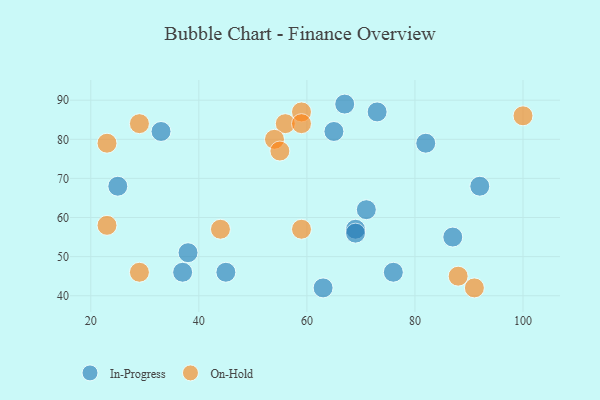
{"axis": {"x": "GDP", "y": "Life Expectancy"}, "legend": ["In-Progress", "On-Hold"], "data": [{"x": "71", "y": 62, "type": "In-Progress"}, {"x": "38", "y": 51, "type": "In-Progress"}, {"x": "65", "y": 82, "type": "In-Progress"}, {"x": "37", "y": 46, "type": "In-Progress"}, {"x": "73", "y": 87, "type": "In-Progress"}, {"x": "87", "y": 55, "type": "In-Progress"}, {"x": "69", "y": 57, "type": "In-Progress"}, {"x": "76", "y": 46, "type": "In-Progress"}, {"x": "82", "y": 79, "type": "In-Progress"}, {"x": "67", "y": 89, "type": "In-Progress"}, {"x": "69", "y": 56, "type": "In-Progress"}, {"x": "45", "y": 46, "type": "In-Progress"}, {"x": "25", "y": 68, "type": "In-Progress"}, {"x": "33", "y": 82, "type": "In-Progress"}, {"x": "63", "y": 42, "type": "In-Progress"}, {"x": "92", "y": 68, "type": "In-Progress"}, {"x": "23", "y": 58, "type": "On-Hold"}, {"x": "59", "y": 87, "type": "On-Hold"}, {"x": "56", "y": 84, "type": "On-Hold"}, {"x": "54", "y": 80, "type": "On-Hold"}, {"x": "29", "y": 84, "type": "On-Hold"}, {"x": "91", "y": 42, "type": "On-Hold"}, {"x": "23", "y": 79, "type": "On-Hold"}, {"x": "88", "y": 45, "type": "On-Hold"}, {"x": "100", "y": 86, "type": "On-Hold"}, {"x": "44", "y": 57, "type": "On-Hold"}, {"x": "59", "y": 57, "type": "On-Hold"}, {"x": "59", "y": 84, "type": "On-Hold"}, {"x": "29", "y": 46, "type": "On-Hold"}, {"x": "55", "y": 77, "type": "On-Hold"}]}